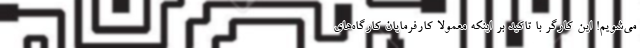
می‌شویم! این کارگر با تاکید بر اینکه معمولاً کارفرمایان کارگاه‌های